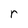
Character: r